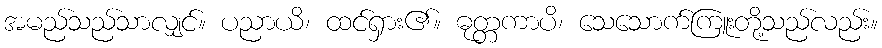
အမည်သည်သာလျှင်။ ပညာယိ၊ ထင်ရှား၏။ ဓုတ္တကာပိ၊ သေသောက်ကြူးတို့သည်လည်း။